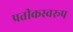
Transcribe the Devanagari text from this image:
प्रतीकस्वरूप